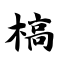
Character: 槁